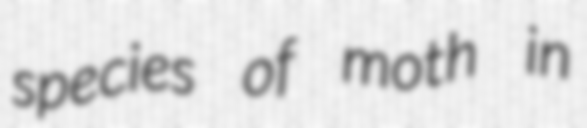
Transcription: species of moth in